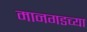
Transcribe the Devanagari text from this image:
मानगडच्या